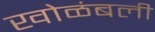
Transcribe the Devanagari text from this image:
खोळंबली